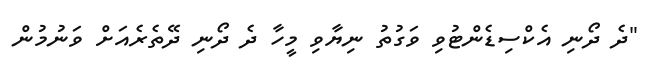
"ދެ ދޯނި އެކްސިޑެންޓުވި ވަގުތު ނިޔާވި މީހާ ދެ ދޯނި ދޭތެރެއަށް ވަނުމުން